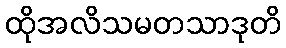
ထိုအလိသမတသာဒုတိ